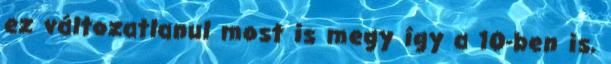
ez változatlanul most is megy így a 10-ben is,